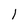
Character: l